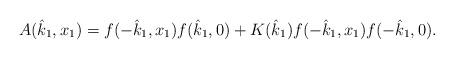
LaTeX: \begin{align*}A(\hat{k}_{1},x_{1})=f(-\hat{k}_{1},x_{1})f(\hat{k}_{1},0)+K(\hat{k}_{1})f(-\hat{k}_{1},x_{1})f(-\hat{k}_{1},0).\end{align*}